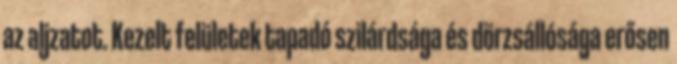
az aljzatot. Kezelt felületek tapadó szilárdsága és dörzsállósága erősen